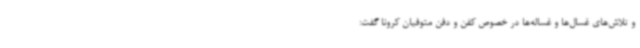
و تلاش‌های غسال‌ها و غساله‌ها در خصوص کفن و دفن متوفیان کرونا گفت: